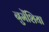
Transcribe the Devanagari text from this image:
नुमेंशिया